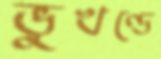
ভুখণ্ডে